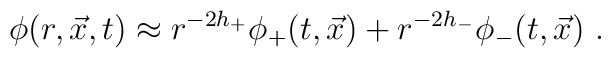
\phi(r,\vec{x},t) \approx r^{-2h_+} \phi_+ (t,\vec{x} ) + r^{-2h_-} \phi_-(t,\vec{x} ) \ .